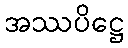
အဿပိဋ္ဌေ